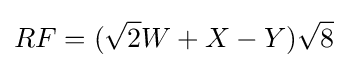
RF=({\sqrt {2}}W+X-Y){\sqrt {8}}